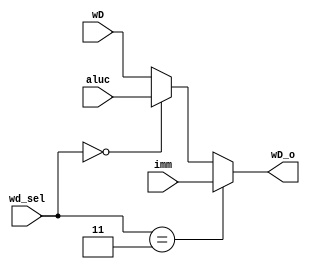

module MUX1(
    input [1:0] wd_sel,
    input [31:0] wD,
    input [31:0] imm,
    input [31:0] aluc,
    output reg [31:0] wD_o
    );
    
    always @ (*) begin
        if(wd_sel == 2'b11)         wD_o = imm;
        else if(wd_sel == 2'b00)    wD_o = aluc;
        else                        wD_o = wD;
    end
    
endmodule